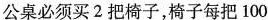
公桌必须买2把椅子，椅子每把100